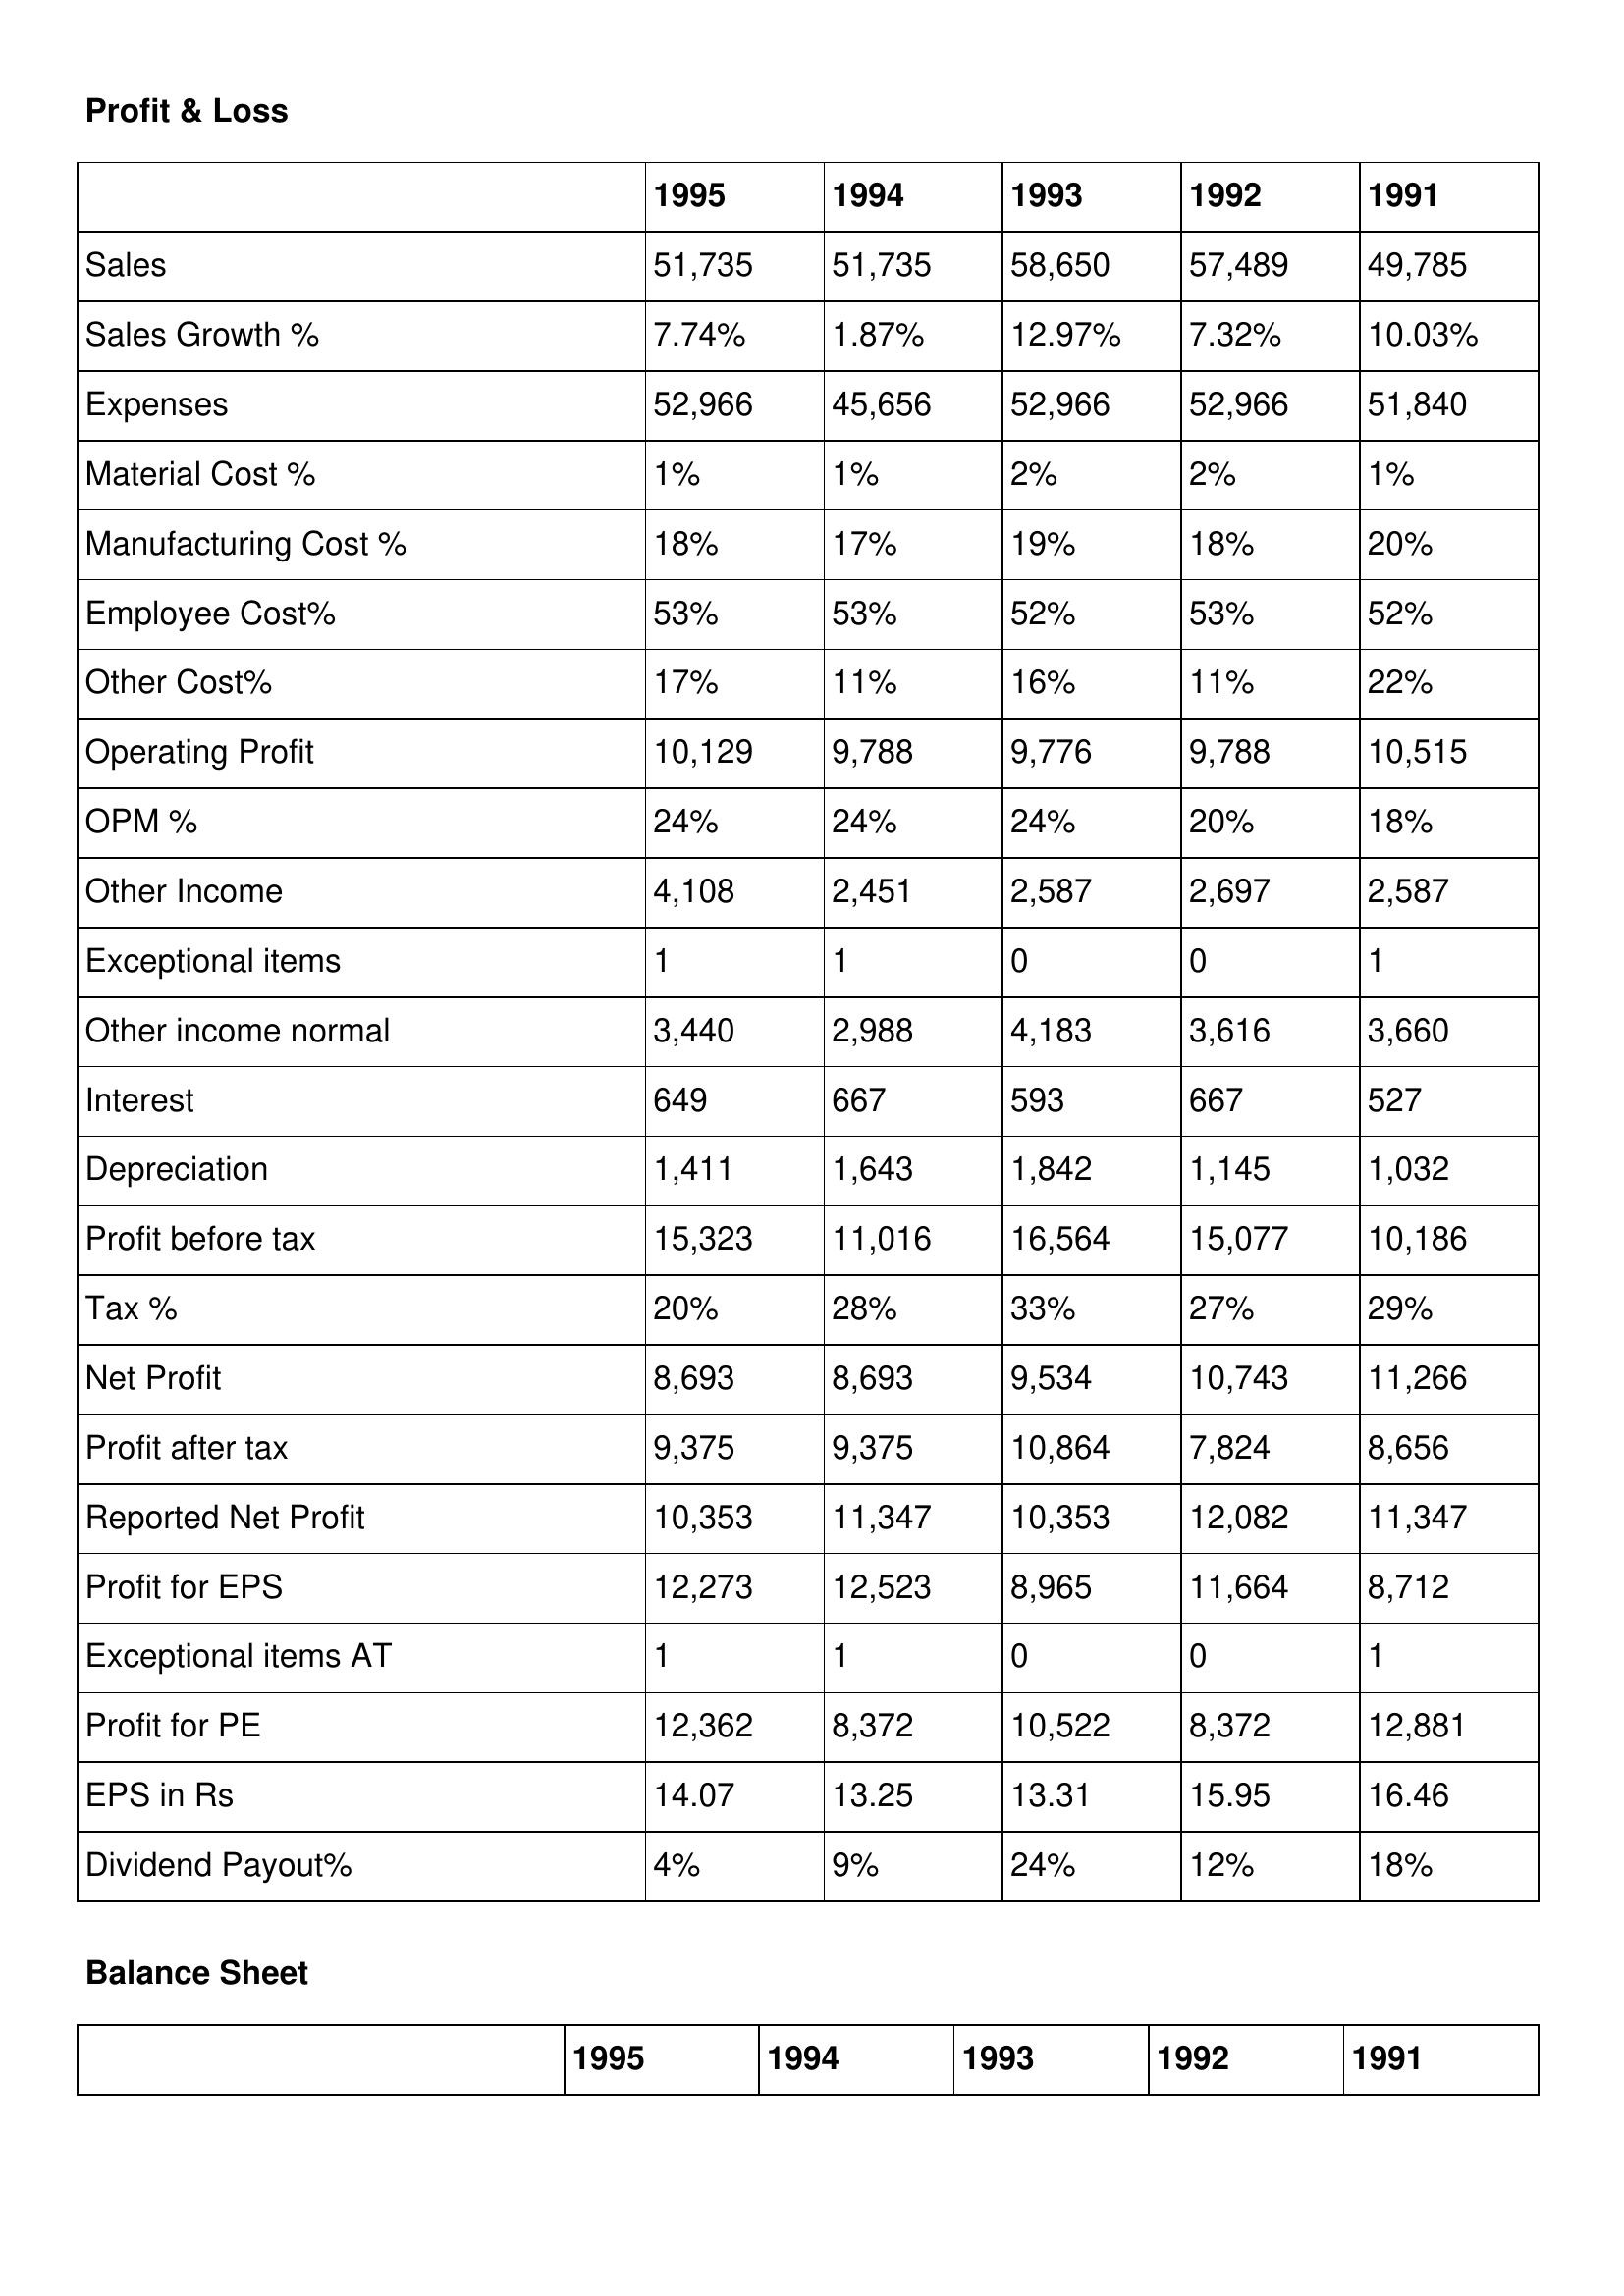
gt_parse: 1995: Profit & Loss: Sales: 51,735
Sales Growth %: 7.74%
Expenses: 52,966
Material Cost %: 1%
Manufacturing Cost %: 18%
Employee Cost%: 53%
Other Cost%: 17%
Operating Profit: 10,129
OPM %: 24%
Other Income: 4,108
Exceptional items: 1
Other income normal: 3,440
Interest: 649
Depreciation: 1,411
Profit before tax: 15,323
Tax %: 20%
Net Profit: 8,693
Profit after tax: 9,375
Reported Net Profit: 10,353
Profit for EPS: 12,273
Exceptional items AT: 1
Profit for PE: 12,362
EPS in Rs: 14.07
Dividend Payout%: 4%
1994: Profit & Loss: Sales: 51,735
Sales Growth %: 1.87%
Expenses: 45,656
Material Cost %: 1%
Manufacturing Cost %: 17%
Employee Cost%: 53%
Other Cost%: 11%
Operating Profit: 9,788
OPM %: 24%
Other Income: 2,451
Exceptional items: 1
Other income normal: 2,988
Interest: 667
Depreciation: 1,643
Profit before tax: 11,016
Tax %: 28%
Net Profit: 8,693
Profit after tax: 9,375
Reported Net Profit: 11,347
Profit for EPS: 12,523
Exceptional items AT: 1
Profit for PE: 8,372
EPS in Rs: 13.25
Dividend Payout%: 9%
1993: Profit & Loss: Sales: 58,650
Sales Growth %: 12.97%
Expenses: 52,966
Material Cost %: 2%
Manufacturing Cost %: 19%
Employee Cost%: 52%
Other Cost%: 16%
Operating Profit: 9,776
OPM %: 24%
Other Income: 2,587
Exceptional items: 0
Other income normal: 4,183
Interest: 593
Depreciation: 1,842
Profit before tax: 16,564
Tax %: 33%
Net Profit: 9,534
Profit after tax: 10,864
Reported Net Profit: 10,353
Profit for EPS: 8,965
Exceptional items AT: 0
Profit for PE: 10,522
EPS in Rs: 13.31
Dividend Payout%: 24%
1992: Profit & Loss: Sales: 57,489
Sales Growth %: 7.32%
Expenses: 52,966
Material Cost %: 2%
Manufacturing Cost %: 18%
Employee Cost%: 53%
Other Cost%: 11%
Operating Profit: 9,788
OPM %: 20%
Other Income: 2,697
Exceptional items: 0
Other income normal: 3,616
Interest: 667
Depreciation: 1,145
Profit before tax: 15,077
Tax %: 27%
Net Profit: 10,743
Profit after tax: 7,824
Reported Net Profit: 12,082
Profit for EPS: 11,664
Exceptional items AT: 0
Profit for PE: 8,372
EPS in Rs: 15.95
Dividend Payout%: 12%
1991: Profit & Loss: Sales: 49,785
Sales Growth %: 10.03%
Expenses: 51,840
Material Cost %: 1%
Manufacturing Cost %: 20%
Employee Cost%: 52%
Other Cost%: 22%
Operating Profit: 10,515
OPM %: 18%
Other Income: 2,587
Exceptional items: 1
Other income normal: 3,660
Interest: 527
Depreciation: 1,032
Profit before tax: 10,186
Tax %: 29%
Net Profit: 11,266
Profit after tax: 8,656
Reported Net Profit: 11,347
Profit for EPS: 8,712
Exceptional items AT: 1
Profit for PE: 12,881
EPS in Rs: 16.46
Dividend Payout%: 18%